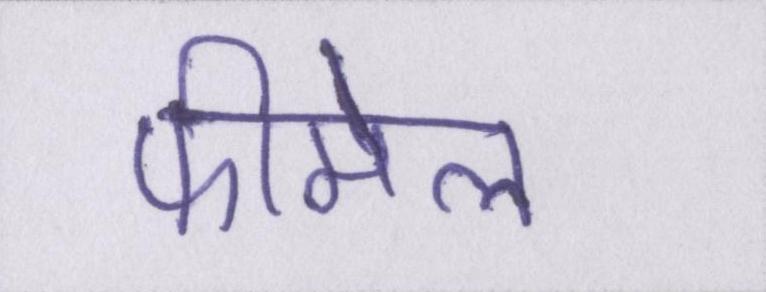
फीमेल